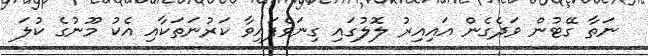
ނަތާ ގޭޓުން ވަދެގެން އައިއިރު ލޮލުގައި ގިނަވެފައިވާ ކަރުނަތަކާއި އެކު މޫނުގެ ކުލަ